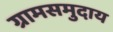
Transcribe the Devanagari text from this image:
ग्रामसमुदाय